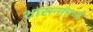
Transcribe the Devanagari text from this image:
शासनांमध्ये